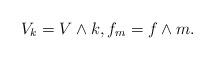
LaTeX: \begin{align*}V_k = V \wedge k , f_m = f \wedge m.\end{align*}